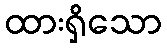
ထားရှိသော